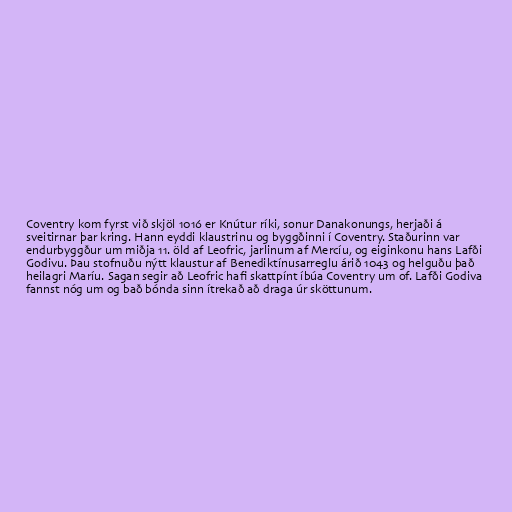
Coventry kom fyrst við skjöl 1016 er Knútur ríki, sonur Danakonungs, herjaði á
sveitirnar þar kring. Hann eyddi klaustrinu og byggðinni í Coventry. Staðurinn var
endurbyggður um miðja 11. öld af Leofric, jarlinum af Mercíu, og eiginkonu hans Lafði
Godivu. Þau stofnuðu nýtt klaustur af Benediktínusarreglu árið 1043 og helguðu það
heilagri Maríu. Sagan segir að Leofric hafi skattpínt íbúa Coventry um of. Lafði Godiva
fannst nóg um og bað bónda sinn ítrekað að draga úr sköttunum.